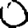
Digit: 0